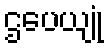
ဌပေယျုံ